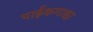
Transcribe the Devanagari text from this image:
पाईकगाछा